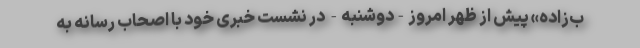
ب‌زاده» پیش از ظهر امروز-دوشنبه- در نشست خبری خود با اصحاب رسانه به